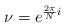
LaTeX: \begin{align*}\nu=e^{\frac{2\pi }{N}i}\end{align*}